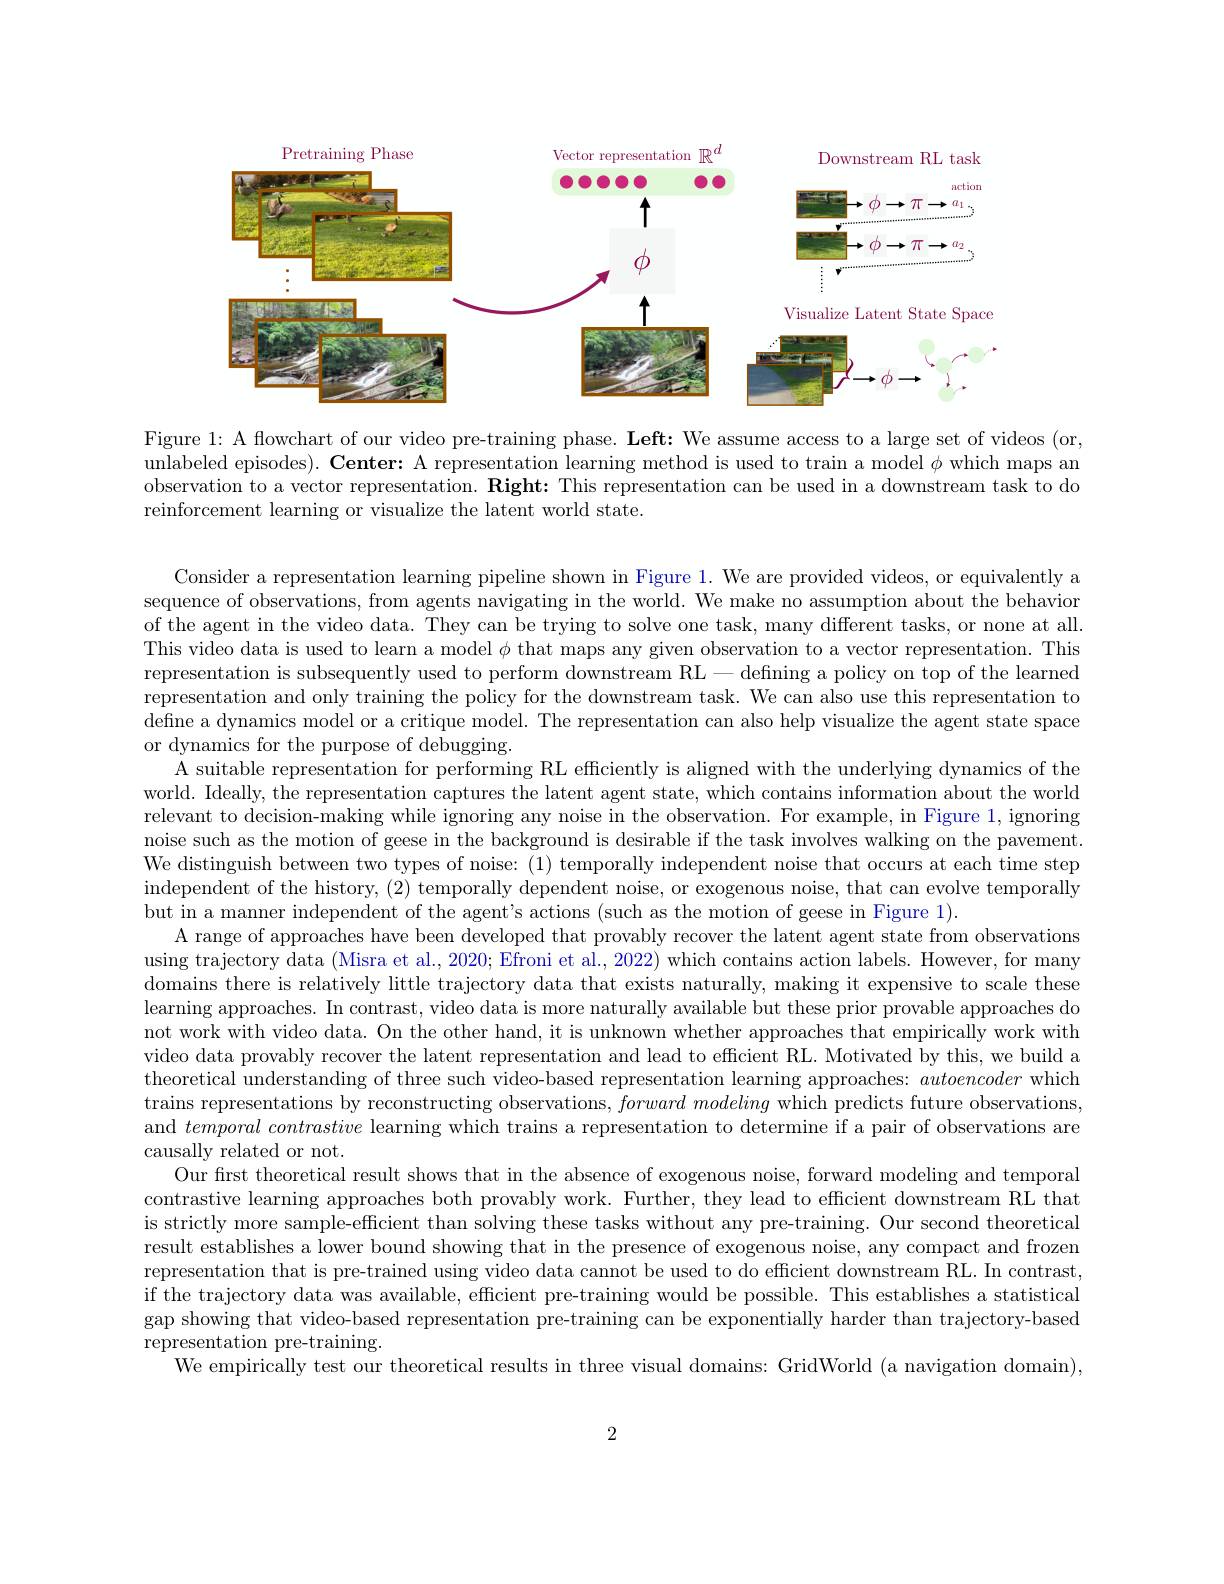
<FigureHere>

Figure 1: A flowchart of our video pre-training phase. Left: We assume access to a large set of videos (or, unlabeled episodes). Center: A representation learning method is used to train a model $\phi$ which maps an observation to a vector representation. Right: This representation can be used in a downstream task to do reinforcement learning or visualize the latent world state.

Consider a representation learning pipeline shown in Figure 1. We are provided videos, or equivalently a sequence of observations, from agents navigating in the world. We make no assumption about the behavior of the agent in the video data. They can be trying to solve one task, many different tasks, or none at all. This video data is used to learn a model $\phi$ that maps any given observation to a vector representation. This representation is subsequently used to perform downstream RL-defning a policy on top of the learned representation and only training the policy for the downstream task. We can also use this representation to $\dot{\text{define a dynamics model or a critique model. The representation can also help visualize the agent state space}}$ or dynamics for the purpose of debugging.
A suitable representation for performing RL efficiently is aligned with the underlying dynamics of the world. Ideally, the representation captures the latent agent state, which contains information about the world relevant to decision-making while ignoring any noise in the observation. For example, in Figure 1, ignoring noise such as the motion of geese in the background is desirable if the task involves walking on the pavement. We distinguish between two types of noise: (1) temporally independent noise that occurs at each time step $\bar{\text{independent of the history, (2) temporally dependent noise, or exogenous noise, that can evolve temporally}}$ but in a manner independent of the agent's actions (such as the motion of geese in Figure 1).
A range of approaches have been developed that provably recover the latent agent state from observations using trajectory data (Misra et al., 2020; Efroni et al., 2022) which contains action labels. However, for many domains there is relatively little trajectory data that exists naturally, making it expensive to scale these learning approaches. In contrast, video data is more naturally available but these prior provable approaches do not work with video data. On the other hand, it is unknown whether approaches that empirically work with video data provably recover the latent representation and lead to efficient RL. Motivated by this, we build a theoretical understanding of three such video-based representation learning approaches: autoencoder which trains representations by reconstructing observations, $forward\textit{modeling which predicts future observations, }$ and $temporal\textit{ contrastive learning which trains a representation to determine if a pair of observations are}$ causally related or not.
Our first theoretical result shows that in the absence of exogenous noise, forward modeling and temporal contrastive learning approaches both provably work. Further, they lead to efficient downstream RL that is strictly more sample-efficient than solving these tasks without any pre-training. Our second theoretical result establishes a lower bound showing that in the presence of exogenous noise, any compact and frozen representation that is pre-trained using video data cannot be used to do efficient downstream RL. In contrast, if the trajectory data was available, efficient pre-training would be possible. This establishes a statistical gap showing that video-based representation pre-training can be exponentially harder than trajectory-based representation pre-training.
We empirically test our theoretical results in three visual domains: GridWorld (a navigation domain),

2